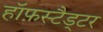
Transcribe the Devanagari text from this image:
हॉफ़स्टैड्टर